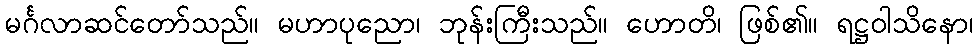
မင်္ဂလာဆင်တော်သည်။ မဟာပုညော၊ ဘုန်းကြီးသည်။ ဟောတိ၊ ဖြစ်၏။ ရဋ္ဌဝါသိနော၊